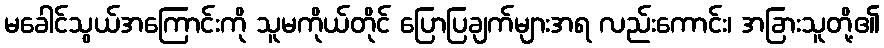
မခေါင်သွယ်အကြောင်းကို သူမကိုယ်တိုင် ပြောပြချက်များအရ လည်းကောင်း၊ အခြားသူတို့၏